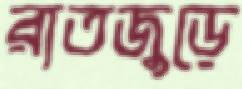
রাতজুড়ে